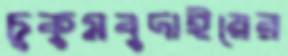
চুকুমবুদাইয়ের